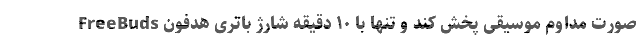
صورت مداوم موسیقی پخش کند و تنها با ۱۰ دقیقه شارژ باتری هدفون FreeBuds